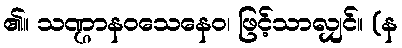
၏။ သဏ္ဌာနဝသေနေဝ၊ ဖြင့်သာလျှင်။ (န